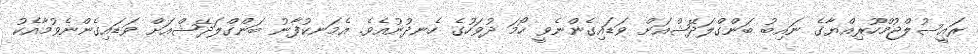
ރައީސުލްޖުމްހޫރިއްޔާގެ ނައިބު ބަންގްލަދޭޝްއަށް ވަޑައިގެންނެވީ ހޯމަ ދުވަހުގެ ހެނދުނުއެވެ. އެމަނކުފާނު ބަންގްލަދޭޝްއަށް ވަޑައިގެންނެވުމާއެކު